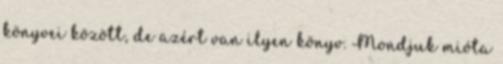
könyvei között, de azért van ilyen könyv. Mondjuk mióta